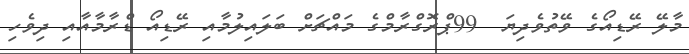
މާލޭ ރޭޑިއޯގެ ވޭތުވެދިޔަ  99ޕްރޮގްރާމްގެ މައްޗަށް ބަލައިލުމާއި ރޭޑިއޯ ޑްރާމާއާއި ދިވެހި